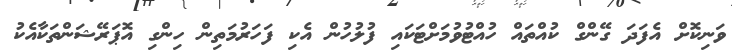
ވަނިކޮށް އެފަދަ ގޭންގް ކުއްތައް ހުއްޓުވުމަށްޓަކައި ފުލުހުން އެކި ފަހަރުމަތިން ހިންގި އޮޕަރޭޝަންތަކާއެކު